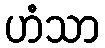
ဟံသာ